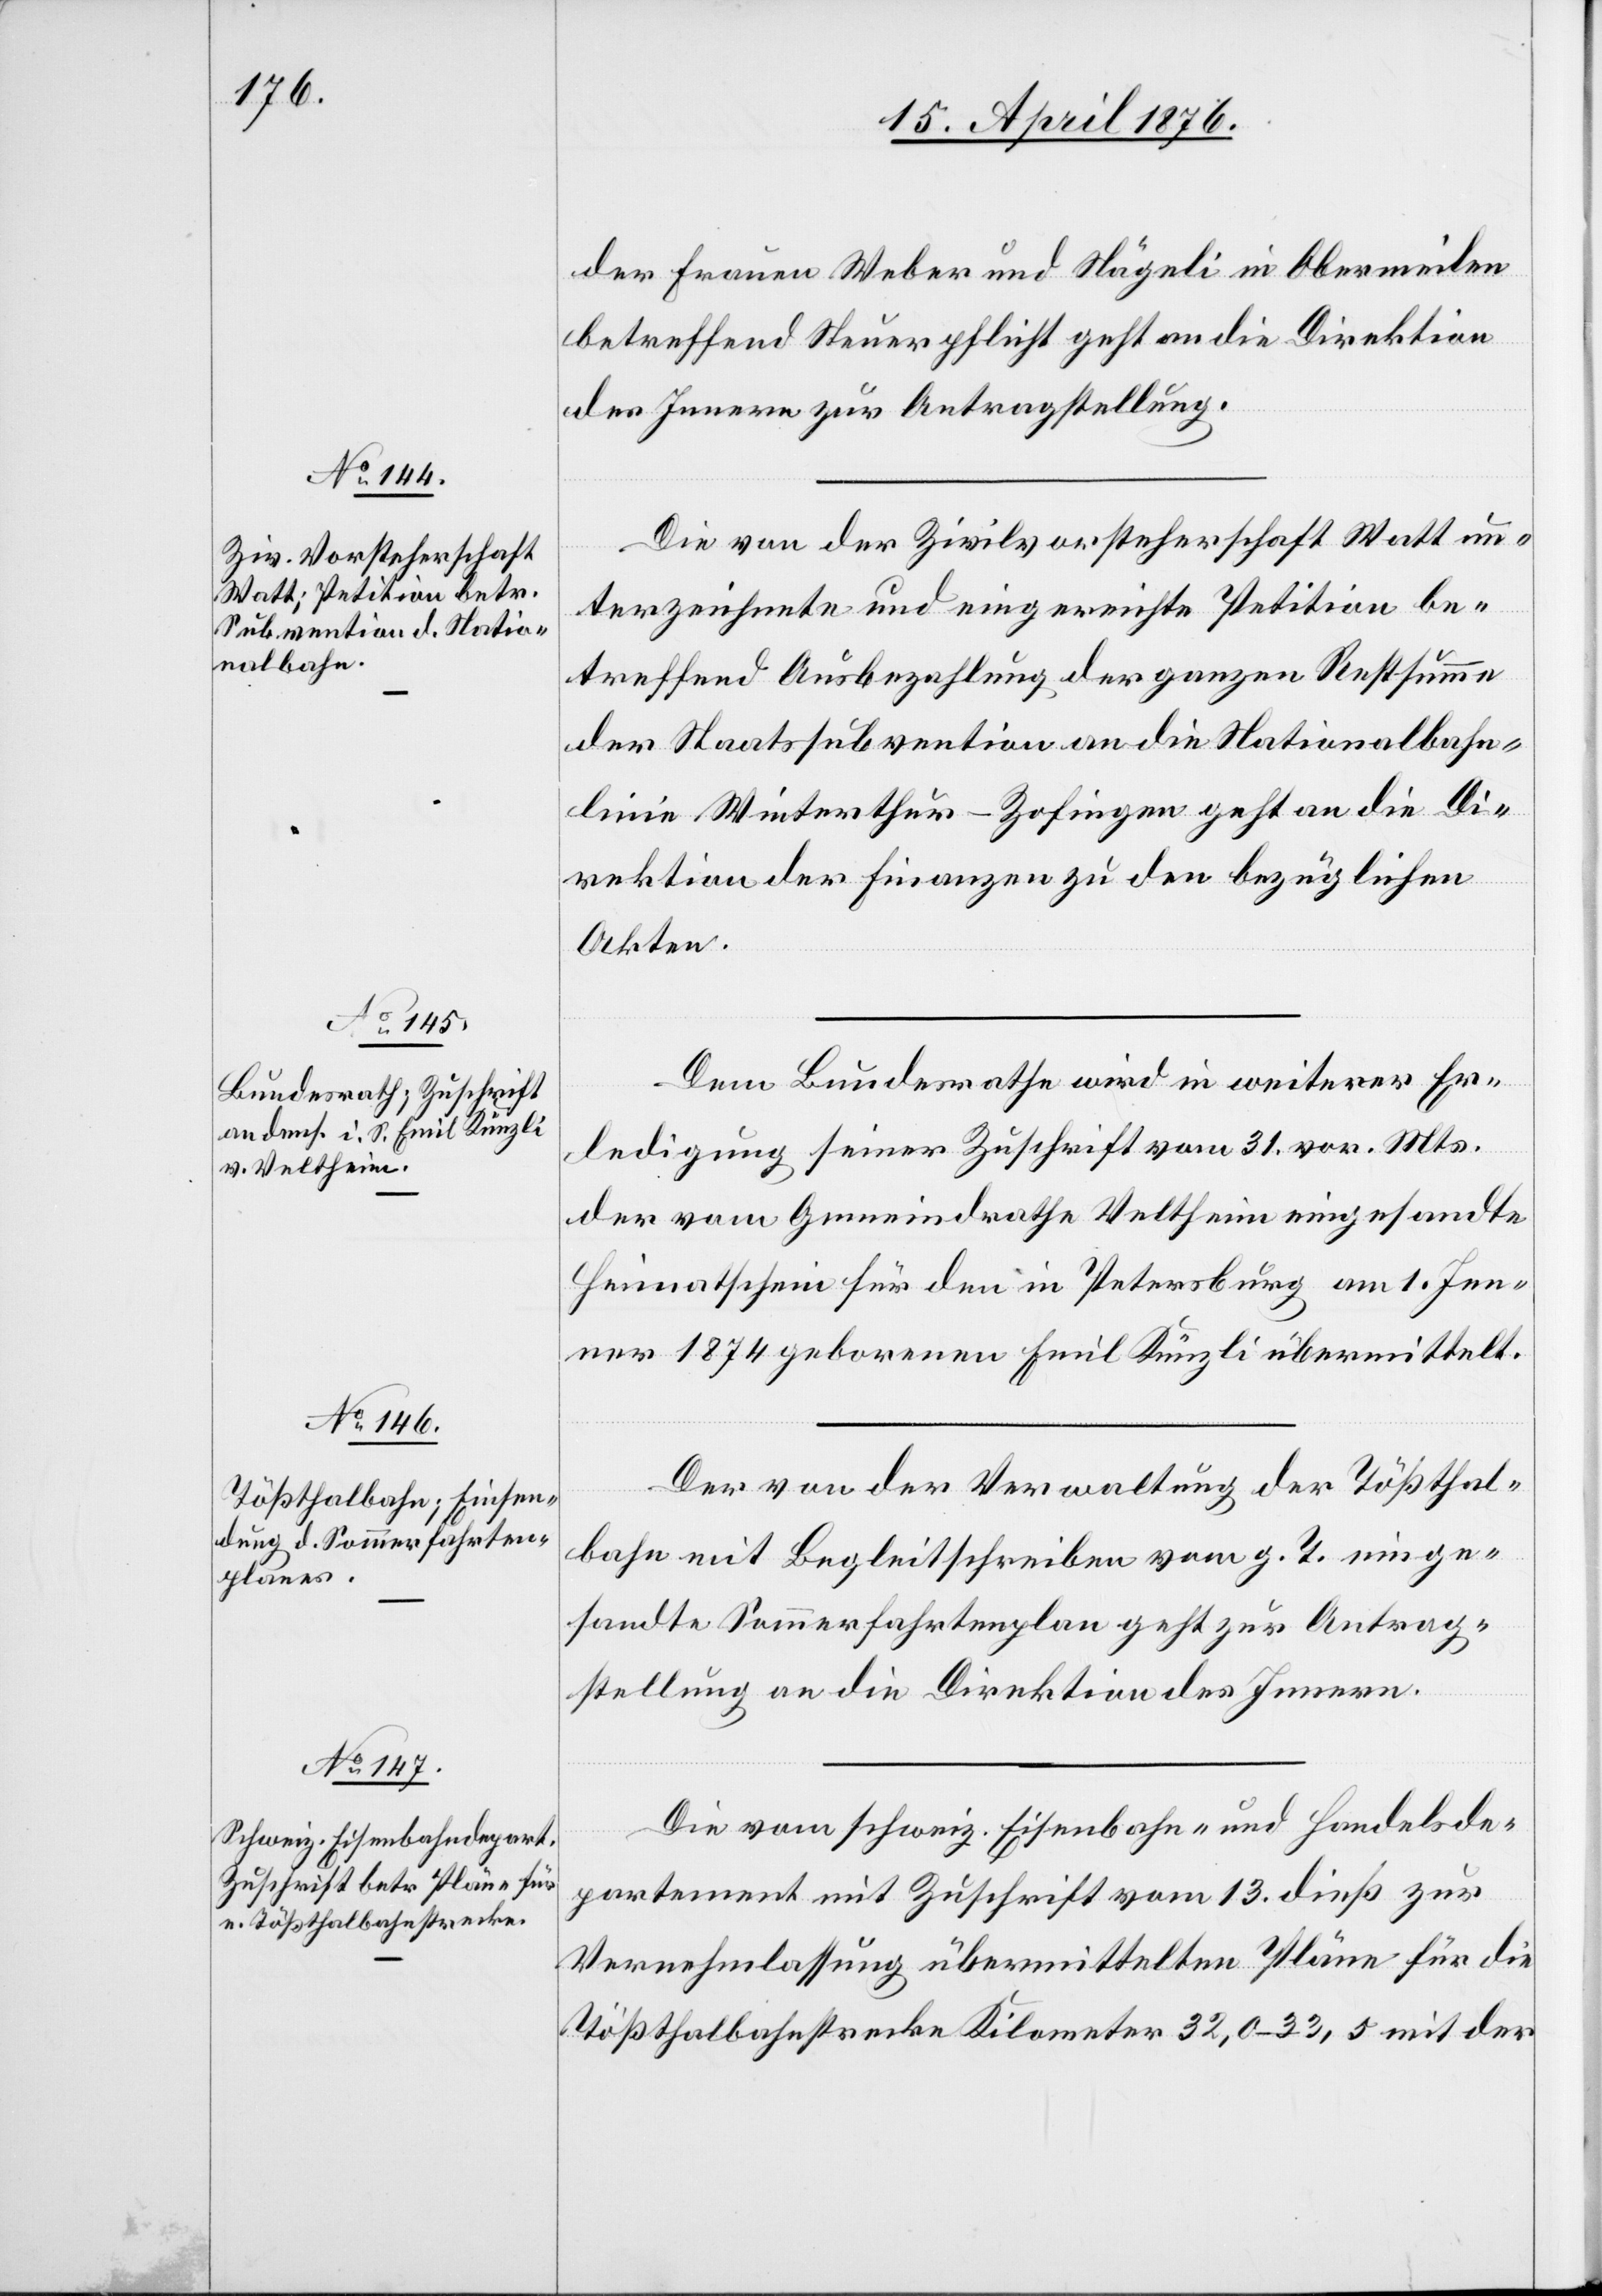
15. April 1876.]
der Frauen Weber und Nägeli in Obermeilen
betreffend Steuerpflicht geht an die Direktion
des Innern zur Antragstellung.
Die von der Zivilvorsteherschaft Watt un¬
terzeichnete und eingereichte Petition be¬
treffend Ausbezahlung der ganzen Restsumme
der Staatsubvention an die Nationalbahn¬
linie Winterthur–Zofingen geht an die Di¬
rektion der Finanzen zu den bezüglichen
Akten.
Dem Bundesrathe wird in weiterer Er¬
ledigung seiner Zuschrift vom 31. vor. Mts.
der vom Gemeindrathe Veltheim eingesandte
Heimatschein für den in Petersburg am 1. Jen¬
ner 1874 geborenen Emil Künzli übermittelt.
Der von der Verwaltung der Tößthal¬
bahn mit Begleitschreiben vom g. T. einge¬
sandte Sommerfahrtenplan geht zur Antrag¬
stellung an die Direktion des Innern.
Die vom schweiz. Eisenbahn- und Handelsde¬
partement mit Zuschrift vom 13. dieß zur
Vernehmlassung übermittelten Pläne für die
Tößthalbahnstrecke Kilometer 32,0–33,5 mit der